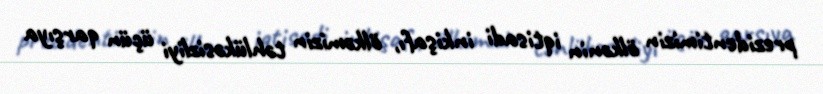
prezidentimizin ölkənin iqtisadi inkişafı, ölkəmizin təhlükəsizliyi üçün qarşıya